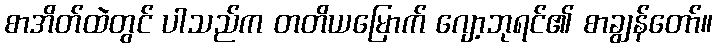
စာအိတ်ထဲတွင် ပါသည်က တတိယမြောက် ဂျော့ဘုရင်၏ စာချွန်တော်။